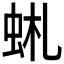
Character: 𧉹